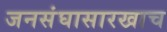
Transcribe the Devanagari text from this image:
जनसंघासारखाच